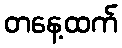
တနေ့ထက်